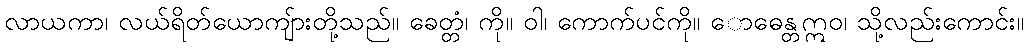
လာယကာ၊ လယ်ရိတ်ယောကျ်ားတို့သည်။ ခေတ္တံ၊ ကို။ ဝါ၊ ကောက်ပင်ကို။ ောဓေန္တဣဝ၊ သို့လည်းကောင်း။